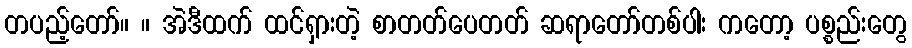
တပည့်တော်။ ။ အဲဒီထက် ထင်ရှားတဲ့ စာတတ်ပေတတ် ဆရာတော်တစ်ပါး ကတော့ ပစ္စည်းတွေ